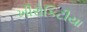
ખીરોકિટીયા